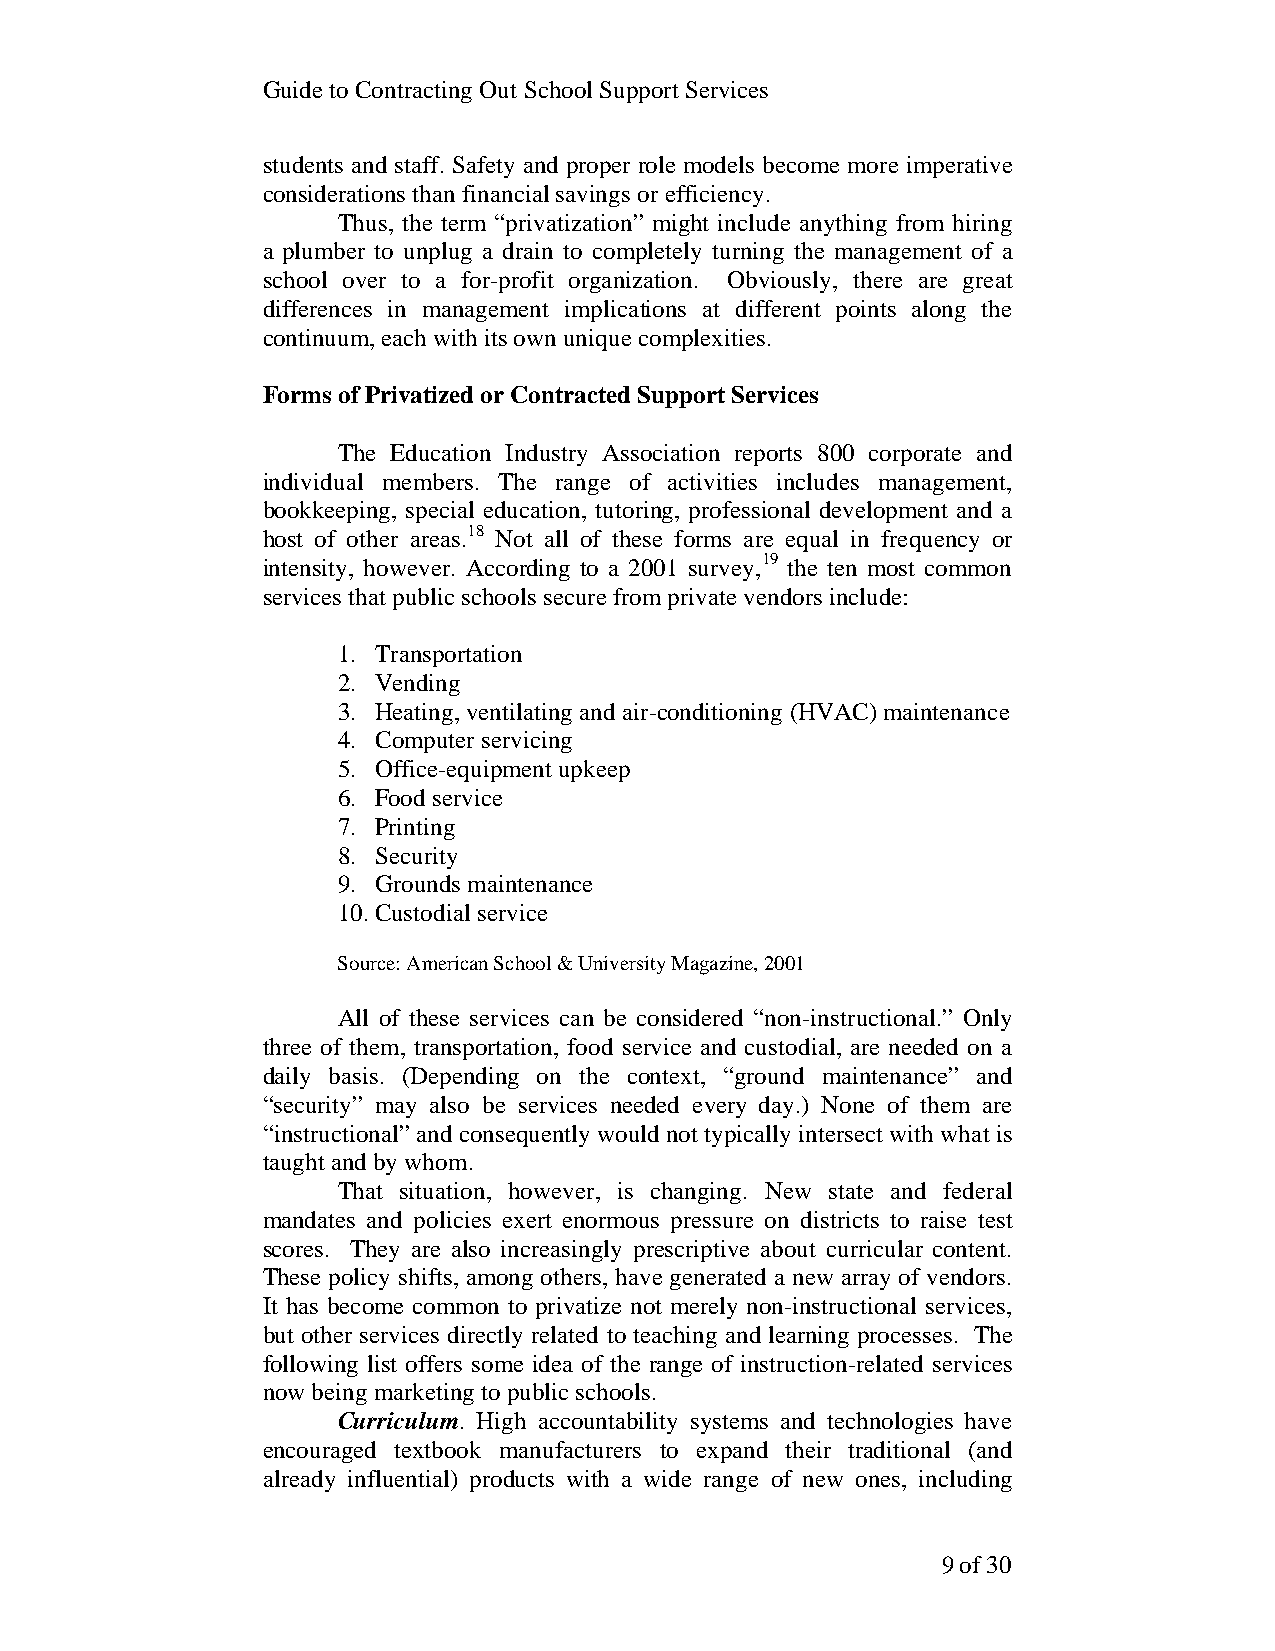
Guide to Contracting Out School Support Services
 students and staff. Safety and proper role models become more imperative
 considerations than financial savings or efficiency.
 Thus, the term “privatization” might include anything from hiring
 a plumber to unplug a drain to completely turning the management of a
 school over to a for-profit organization. Obviously, there are great
 differences in management implications at different points along the
 continuum, each with its own unique complexities.
 Forms of Privatized or Contracted Support Services
 The Education Industry Association reports 800 corporate and
 individual members. The range of activities includes management,
 bookkeeping, special education, tutoring, professional development and a
 host of other areas.18 Not all of these forms are equal in frequency or
 intensity, however. According to a 2001 survey,19 the ten most common
 services that public schools secure from private vendors include:
 1. Transportation
 2. Vending
 3. Heating, ventilating and air-conditioning (HVAC) maintenance
 4. Computer servicing
 5. Office-equipment upkeep
 6. Food service
 7. Printing
 8. Security
 9. Grounds maintenance
 10. Custodial service
 Source: American School & University Magazine, 2001
 All of these services can be considered “non-instructional.” Only
 three of them, transportation, food service and custodial, are needed on a
 daily basis. (Depending on the context, “ground maintenance” and
 “security” may also be services needed every day.) None of them are
 “instructional” and consequently would not typically intersect with what is
 taught and by whom.
 That situation, however, is changing. New state and federal
 mandates and policies exert enormous pressure on districts to raise test
 scores. They are also increasingly prescriptive about curricular content.
 These policy shifts, among others, have generated a new array of vendors.
 It has become common to privatize not merely non-instructional services,
 but other services directly related to teaching and learning processes. The
 following list offers some idea of the range of instruction-related services
 now being marketing to public schools.
 Curriculum. High accountability systems and technologies have
 encouraged textbook manufacturers to expand their traditional (and
 already influential) products with a wide range of new ones, including
 9 of 30